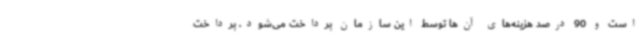
است و 90 درصد هزینه‌های آن‌ها توسط این سازمان پرداخت می‌شود. پرداخت